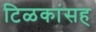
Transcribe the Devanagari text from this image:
टिळकांसह